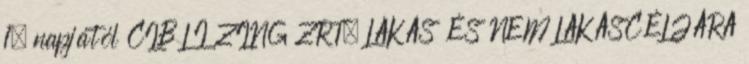
1. napjától CIB LÍZING ZRT. LAKÁS ÉS NEM LAKÁSCÉLJÁRA